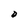
Character: D